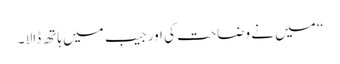
‘‘ میں نے وضاحت کی اور جیب میں ہاتھ ڈالا ۔